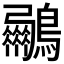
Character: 𮭟